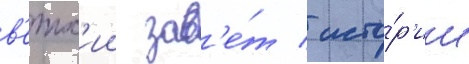
в'етх'ии зав'е́т / исто́р'ии